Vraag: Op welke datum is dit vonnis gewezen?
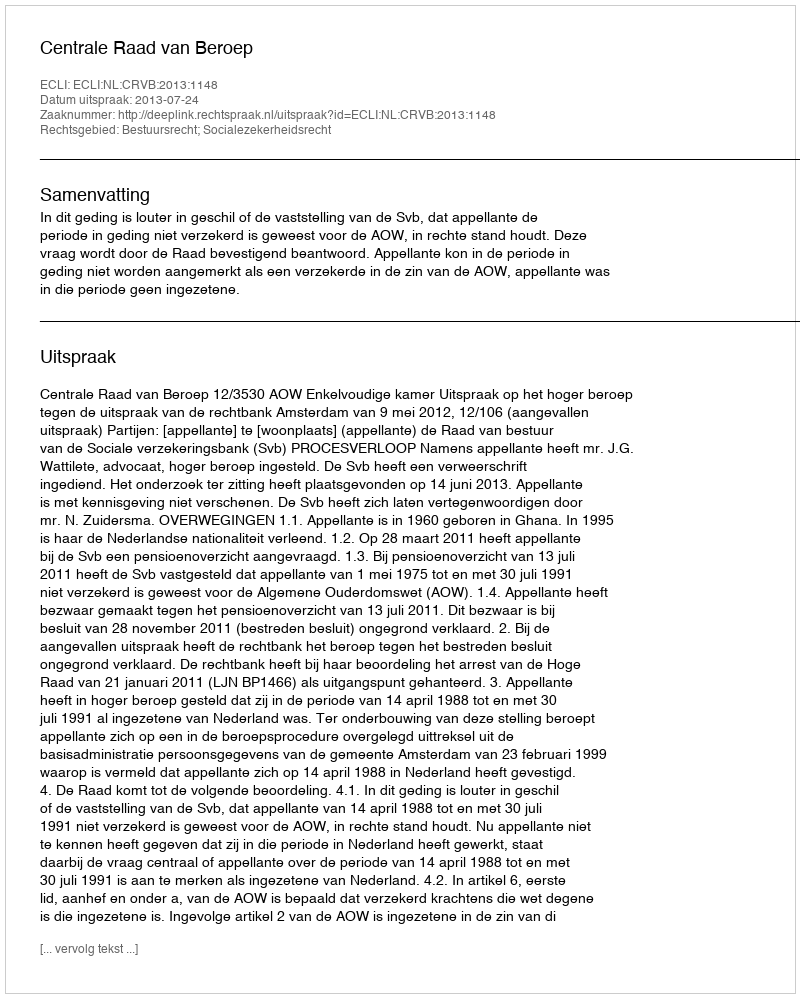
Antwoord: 2013-07-24